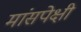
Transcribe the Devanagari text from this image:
मांसपेक्षी